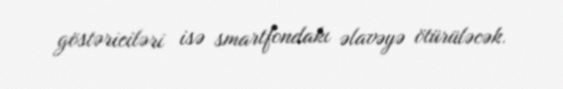
göstəriciləri isə smartfondakı əlavəyə ötürüləcək.